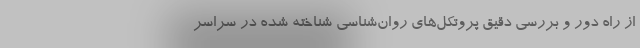
از راه دور و بررسي دقيق پروتكل‌هاي روان‌شناسی شناخته شده در سراسر